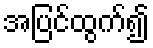
အပြင်ထွက်၍